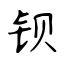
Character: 钡